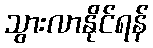
သွားလာနိုင်ရန်